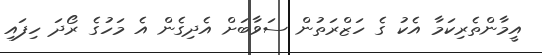
އީމާންތެރިކަމާ އެކު ގެ ހަޒްރަތުން ސަވާބަށް އެދިގެން އެ މަހުގެ ރޯދަ ހިފައި